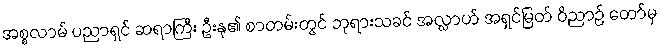
အစ္စလာမ် ပညာရှင် ဆရာကြီး ဦးနု၏ စာတမ်းတွင် ဘုရားသခင် အလ္လာဟ် အရှင်မြတ် ဝိညာဉ် တော်မှ